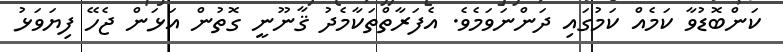
ކަންބޮޑުވާ ކަމެއް ކަމުގައި ދަންނަވަމެވެ. އެފަރާތްތަކާމެދު ޤާނޫނީ ގޮތުން އަޅަން ޖެހޭ ފިޔަވަޅު